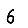
Digit: 6